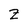
Character: B